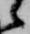
候